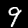
Label: 9